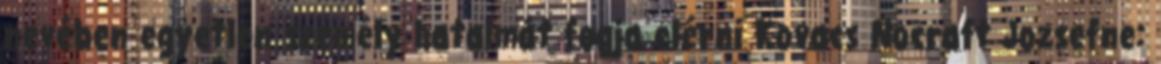
nevében egyetlen személy hatalmát fogja elérni Kovacs Nocraft Jozsefne: